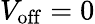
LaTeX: V_{\mathrm{off}}=0